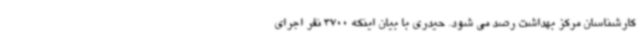
کارشناسان مرکز بهداشت رصد می شود. حیدری با بیان اینکه 3700 نفر اجرای